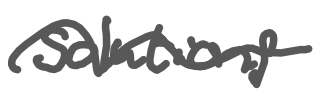
Text: solutions
Cross-out: wave
Writing tool: digital_gray